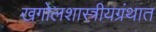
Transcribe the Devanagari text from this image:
खगोलशास्त्रीयग्रंथात